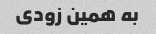
به همین زودی